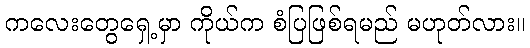
ကလေးတွေရှေ့မှာ ကိုယ်က စံပြဖြစ်ရမည် မဟုတ်လား။